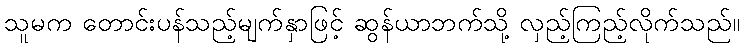
သူမက တောင်းပန်သည့်မျက်နှာဖြင့် ဆွန်ယာဘက်သို့ လှည့်ကြည့်လိုက်သည်။